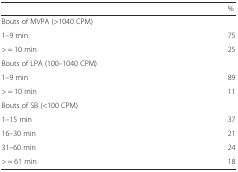
<table><thead><tr><td></td><td><b>%</b></td></tr></thead><tbody><tr><td>Bouts of MVPA (&gt;1040 CPM)</td><td></td></tr><tr><td>1–9 min</td><td>75</td></tr><tr><td>&gt; = 10 min</td><td>25</td></tr><tr><td>Bouts of LPA (100–1040 CPM)</td><td></td></tr><tr><td>1–9 min</td><td>89</td></tr><tr><td>&gt; = 10 min</td><td>11</td></tr><tr><td>Bouts of SB (&lt;100 CPM)</td><td></td></tr><tr><td>1–15 min</td><td>37</td></tr><tr><td>16–30 min</td><td>21</td></tr><tr><td>31–60 min</td><td>24</td></tr><tr><td>&gt; = 61 min</td><td>18</td></tr></tbody></table>